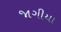
જાગીયા